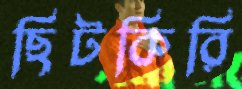
ছিটকিরি